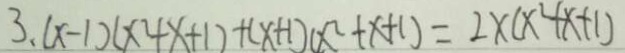
3 . ( x - 1 ) ( x ^ { 2 } + x + 1 ) + ( x + 1 ) ( x ^ { 2 } + x + 1 ) = 2 \times ( x ^ { 2 } + x + 1 )